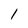
Character: 1